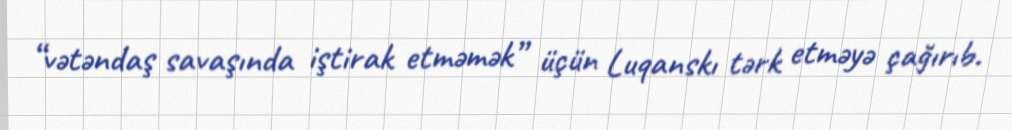
“vətəndaş savaşında iştirak etməmək” üçün Luqanskı tərk etməyə çağırıb.